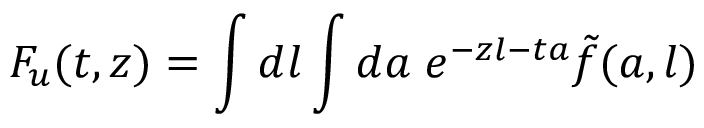
F _ { u } ( t , z ) = \int d l \int d a \; e ^ { - z l - t a } \tilde { f } ( a , l )